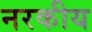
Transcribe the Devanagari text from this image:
नरकीय